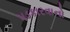
પડકારવાનો